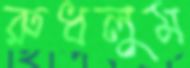
রুধলুম